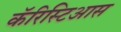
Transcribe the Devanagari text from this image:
कॅरिस्टिआस